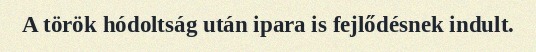
A török hódoltság után ipara is fejlődésnek indult.